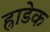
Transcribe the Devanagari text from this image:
ह्राडेक